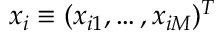
x _ { i } \equiv ( x _ { i 1 } , \ldots , x _ { i M } ) ^ { T }